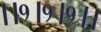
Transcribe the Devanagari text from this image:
।।१।१।१।।